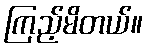
ကြည့်မိတယ်။